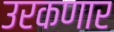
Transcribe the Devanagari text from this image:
उरकणार